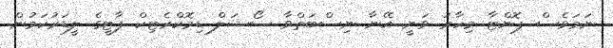
ނަމަވެސް ޕޮންޓާ މިހާރު ވަނީ އޭނާ ނިސްބަތްވާ ސޯޝަލް ޑިމޮކްރެޓިކް ޕާޓީގެ ލީޑަރުކަމުން